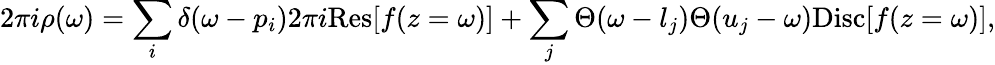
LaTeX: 2\pi i\rho(\omega)=\sum_{i}\delta(\omega-p_{i})2\pi i\mathrm{Res}[f(z=\omega)]+\sum_{j}\Theta(\omega-l_{j})\Theta(u_{j}-\omega)\mathrm{Disc}[f(z=\omega)],